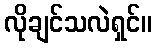
လိုချင်သလဲရှင်။